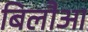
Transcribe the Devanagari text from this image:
बिलौआ